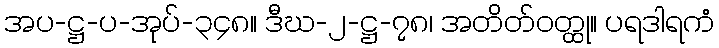
အပ-ဋ္ဌ-ပ-အုပ်-၃၄၈။ ဒီဃ-၂-ဋ္ဌ-၇၈၊ အတိတ်ဝတ္ထု။ ပရဒါရကံ